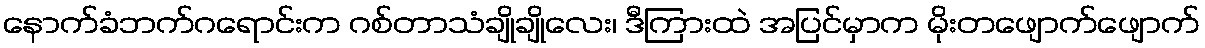
နောက်ခံဘက်ဂရောင်းက ဂစ်တာသံချိုချိုလေး၊ ဒီကြားထဲ အပြင်မှာက မိုးတဖျောက်ဖျောက်